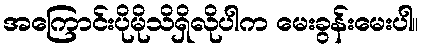
အကြောင်းပိုမိုသိရှိလိုပါက မေးခွန်းမေးပါ။